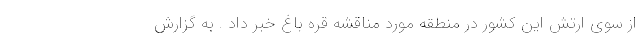
از سوی ارتش این کشور در منطقه مورد مناقشه قره باغ خبر داد . به گزارش